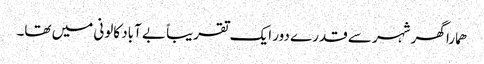
ھمارا گھر شہر سے قدرے دور ایک تقریباً بے آباد کالونی میں تھا۔